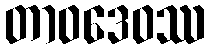
တာဝဒေဝဿ